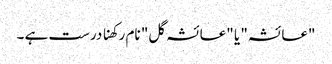
"عائشہ" یا "عائشہ گل" نام رکھنا درست ہے ۔